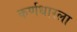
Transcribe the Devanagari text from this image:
कर्णधारला